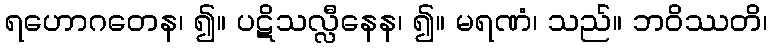
ရဟောဂတေန၊ ၍။ ပဋိသလ္လီနေန၊ ၍။ မရဏံ၊ သည်။ ဘဝိဿတိ၊